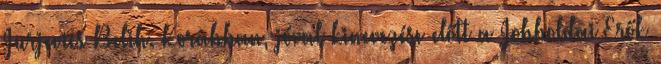
Jurjevics Belih. Korábban, jóval kinevezése előtt a Jobboldai Erők